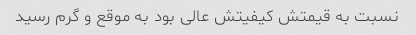
نسبت به قیمتش کیفیتش عالى بود به موقع و گرم رسید